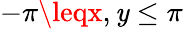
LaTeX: -\pi\leqx,\mathit{y}\leq\pi